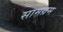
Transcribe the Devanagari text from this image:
सामग्रम